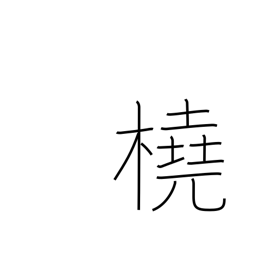
Meaning: scull